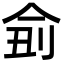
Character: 侴